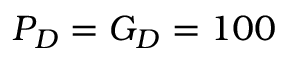
P _ { D } = G _ { D } = 1 0 0